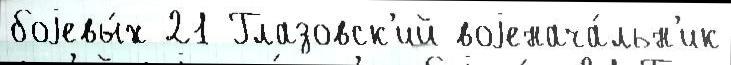
боjевы́х 21 Глазовск'ий воjенача́льн'ик